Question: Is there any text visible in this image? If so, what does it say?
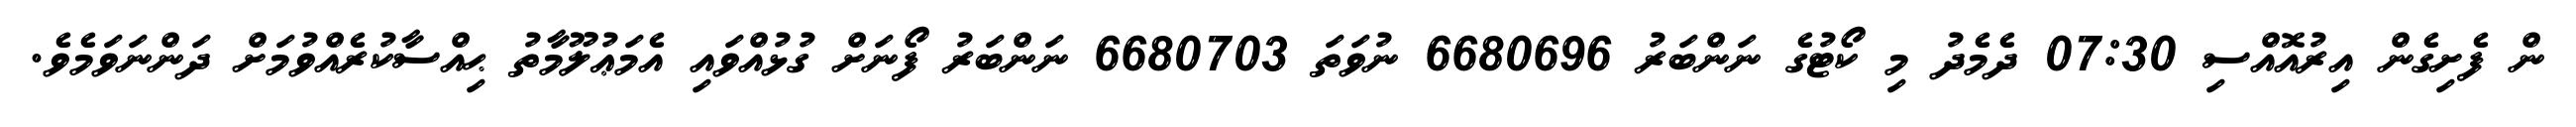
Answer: ން ފެށިގެން އިރުއޮއްސި 07:30 ދެމެދު މި ކޯޓުގެ ނަންބަރު 6680696 ނުވަތަ 6680703 ނަންބަރު ފޯނަށް ގުޅުއްވައި އެމަޢުލޫމާތު ޙިއްސާކުރެއްވުމަށް ދަންނަވަމެވެ.